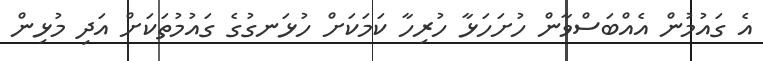
އެ ގައުމުން އެއްބަސްވާން ހުށަހަޅާ ހުރިހާ ކަމަކަށް ހުޅަނގުގެ ގައުމުތަކަށް އަދި މުޅިން